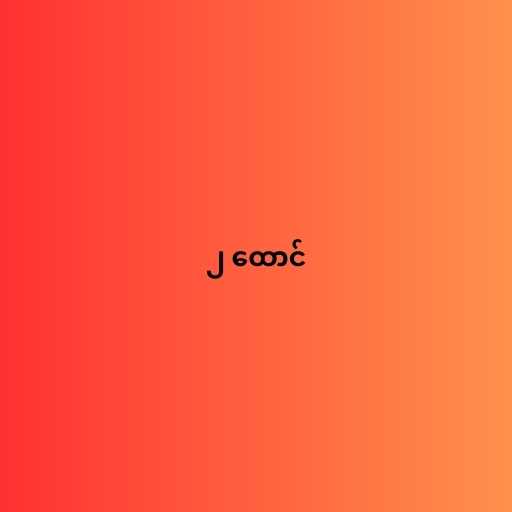
၂ ထောင်